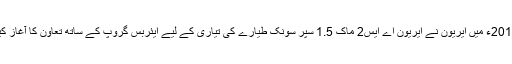
2014ء میں ایریون نے ایریون اے ایس2 ماک 1.5 سپر سونک طیارے کی تیاری کے لیے ایئربس گروپ کے ساتھ تعاون کا آغاز کیا۔